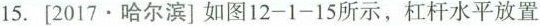
15.[2017·哈尔滨]如图12-1-15所示，杠杆水平放置